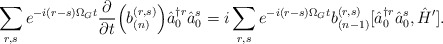
\begin{align*}\sum_{r,s} e^{-i (r-s) \Omega_G t} \frac{\partial}{\partial t} \Bigl(b_{(n)}^{(r, s)} \Bigr) \hat{a}^{\dagger r}_0 \hat{a}^s_0= i \sum_{r,s} e^{-i (r-s) \Omega_G t} b_{(n-1)}^{(r, s)} [\hat{a}^{\dagger r}_0 \hat{a}^s_0, \hat{H}'].\end{align*}